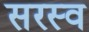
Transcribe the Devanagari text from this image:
सरस्व